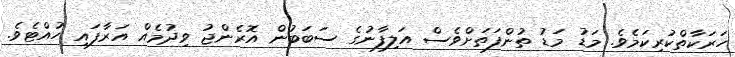
ހަރަކާތްކުރިކަމެވެ. މަޑު މަޑު ތުންފަތަށްވެސް އަލިފާނުގެ ސަބަބުން އޮރެންޖު ވިދުމެއް އަރާފައި ހުއްޓެވެ.